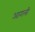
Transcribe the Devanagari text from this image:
आगली